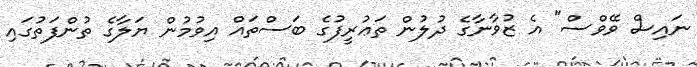
ނައިސް ވޭވްސް" އެ ޒުވާނާގެ ދުލުން ތަޢުރީފުގެ ބަސްތައް އިވުމުން ޔަލާގެ ތުންފަތުގައި